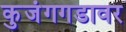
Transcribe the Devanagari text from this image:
कुजंगगडावर